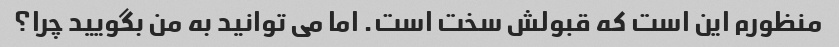
منظورم این است که قبولش سخت است. اما می توانید به من بگویید چرا؟